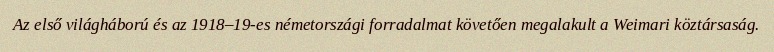
Az első világháború és az 1918–19-es németországi forradalmat követően megalakult a Weimari köztársaság.